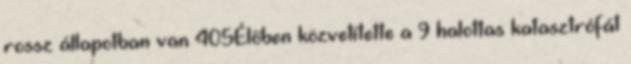
rossz állapotban van 405Élőben közvetítette a 9 halottas katasztrófát